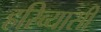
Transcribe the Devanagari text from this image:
हरिव्यासी